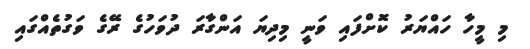
މި މީހާ ހައްޔަރު ކޮށްފައި ވަނީ މިދިޔަ އަންގާރަ ދުވަހުގެ ރޭގެ ވަގުތެއްގައި